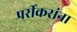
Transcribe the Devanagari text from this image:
पर्रीकरांना